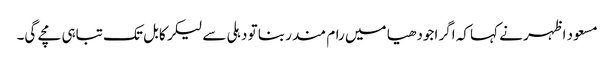
مسعود اظہر نے کہا کہ اگر اجودھیا میں رام مندر بنا تو دہلی سے لیکر کابل تک تباہی مچے گی۔